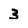
Character: 3